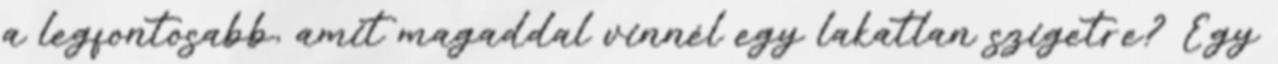
a legfontosabb, amit magaddal vinnél egy lakatlan szigetre? Egy